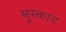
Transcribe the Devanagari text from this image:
मुस्काट